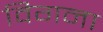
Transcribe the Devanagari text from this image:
विगना